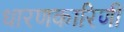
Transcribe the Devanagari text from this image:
धारणकारिणी